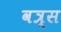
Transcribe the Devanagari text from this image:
वत्र्स